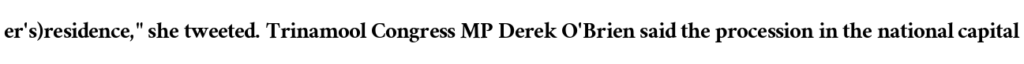
er's)residence," she tweeted. Trinamool Congress MP Derek O'Brien said the procession in the national capital